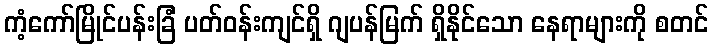
ကံ့ကော်မြိုင်ပန်းခြံ ပတ်ဝန်းကျင်ရှိ ဂျပန်မြက် ရှိနိုင်သော နေရာများကို စတင်